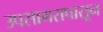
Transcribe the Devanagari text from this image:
उपसागरापासून